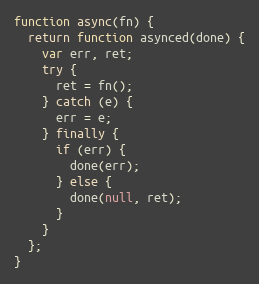
Language: JavaScript
function async(fn) {
  return function asynced(done) {
    var err, ret;
    try {
      ret = fn();
    } catch (e) {
      err = e;
    } finally {
      if (err) {
        done(err);
      } else {
        done(null, ret);
      }
    }
  };
}